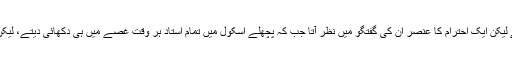
ٹیچر زبھی سب سے بے تکلفانہ بات کرتے لیکن ایک احترام کا عنصر ان کی گفتگو میں نظر آتا جب کہ پچھلے اسکول میں تمام استاد ہر وقت غصے میں ہی دکھائی دیتے، لیکن اس کے باوجود ہم ان سے بالکل نہ ڈرتے۔